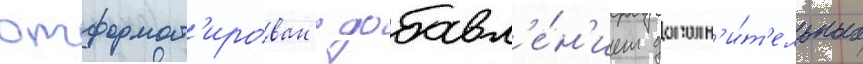
отформат'ирован с добавл'е́н'ием дополн'и́т'ельных